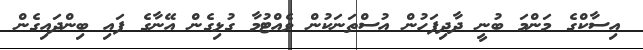
އިސާކްގެ މަންމަ ބުނީ ދާދިފަހުން އުސްތަނަކުން ވެއްޓުމާ ގުޅިގެން އޭނާގެ ފައި ބިންދައިގެން